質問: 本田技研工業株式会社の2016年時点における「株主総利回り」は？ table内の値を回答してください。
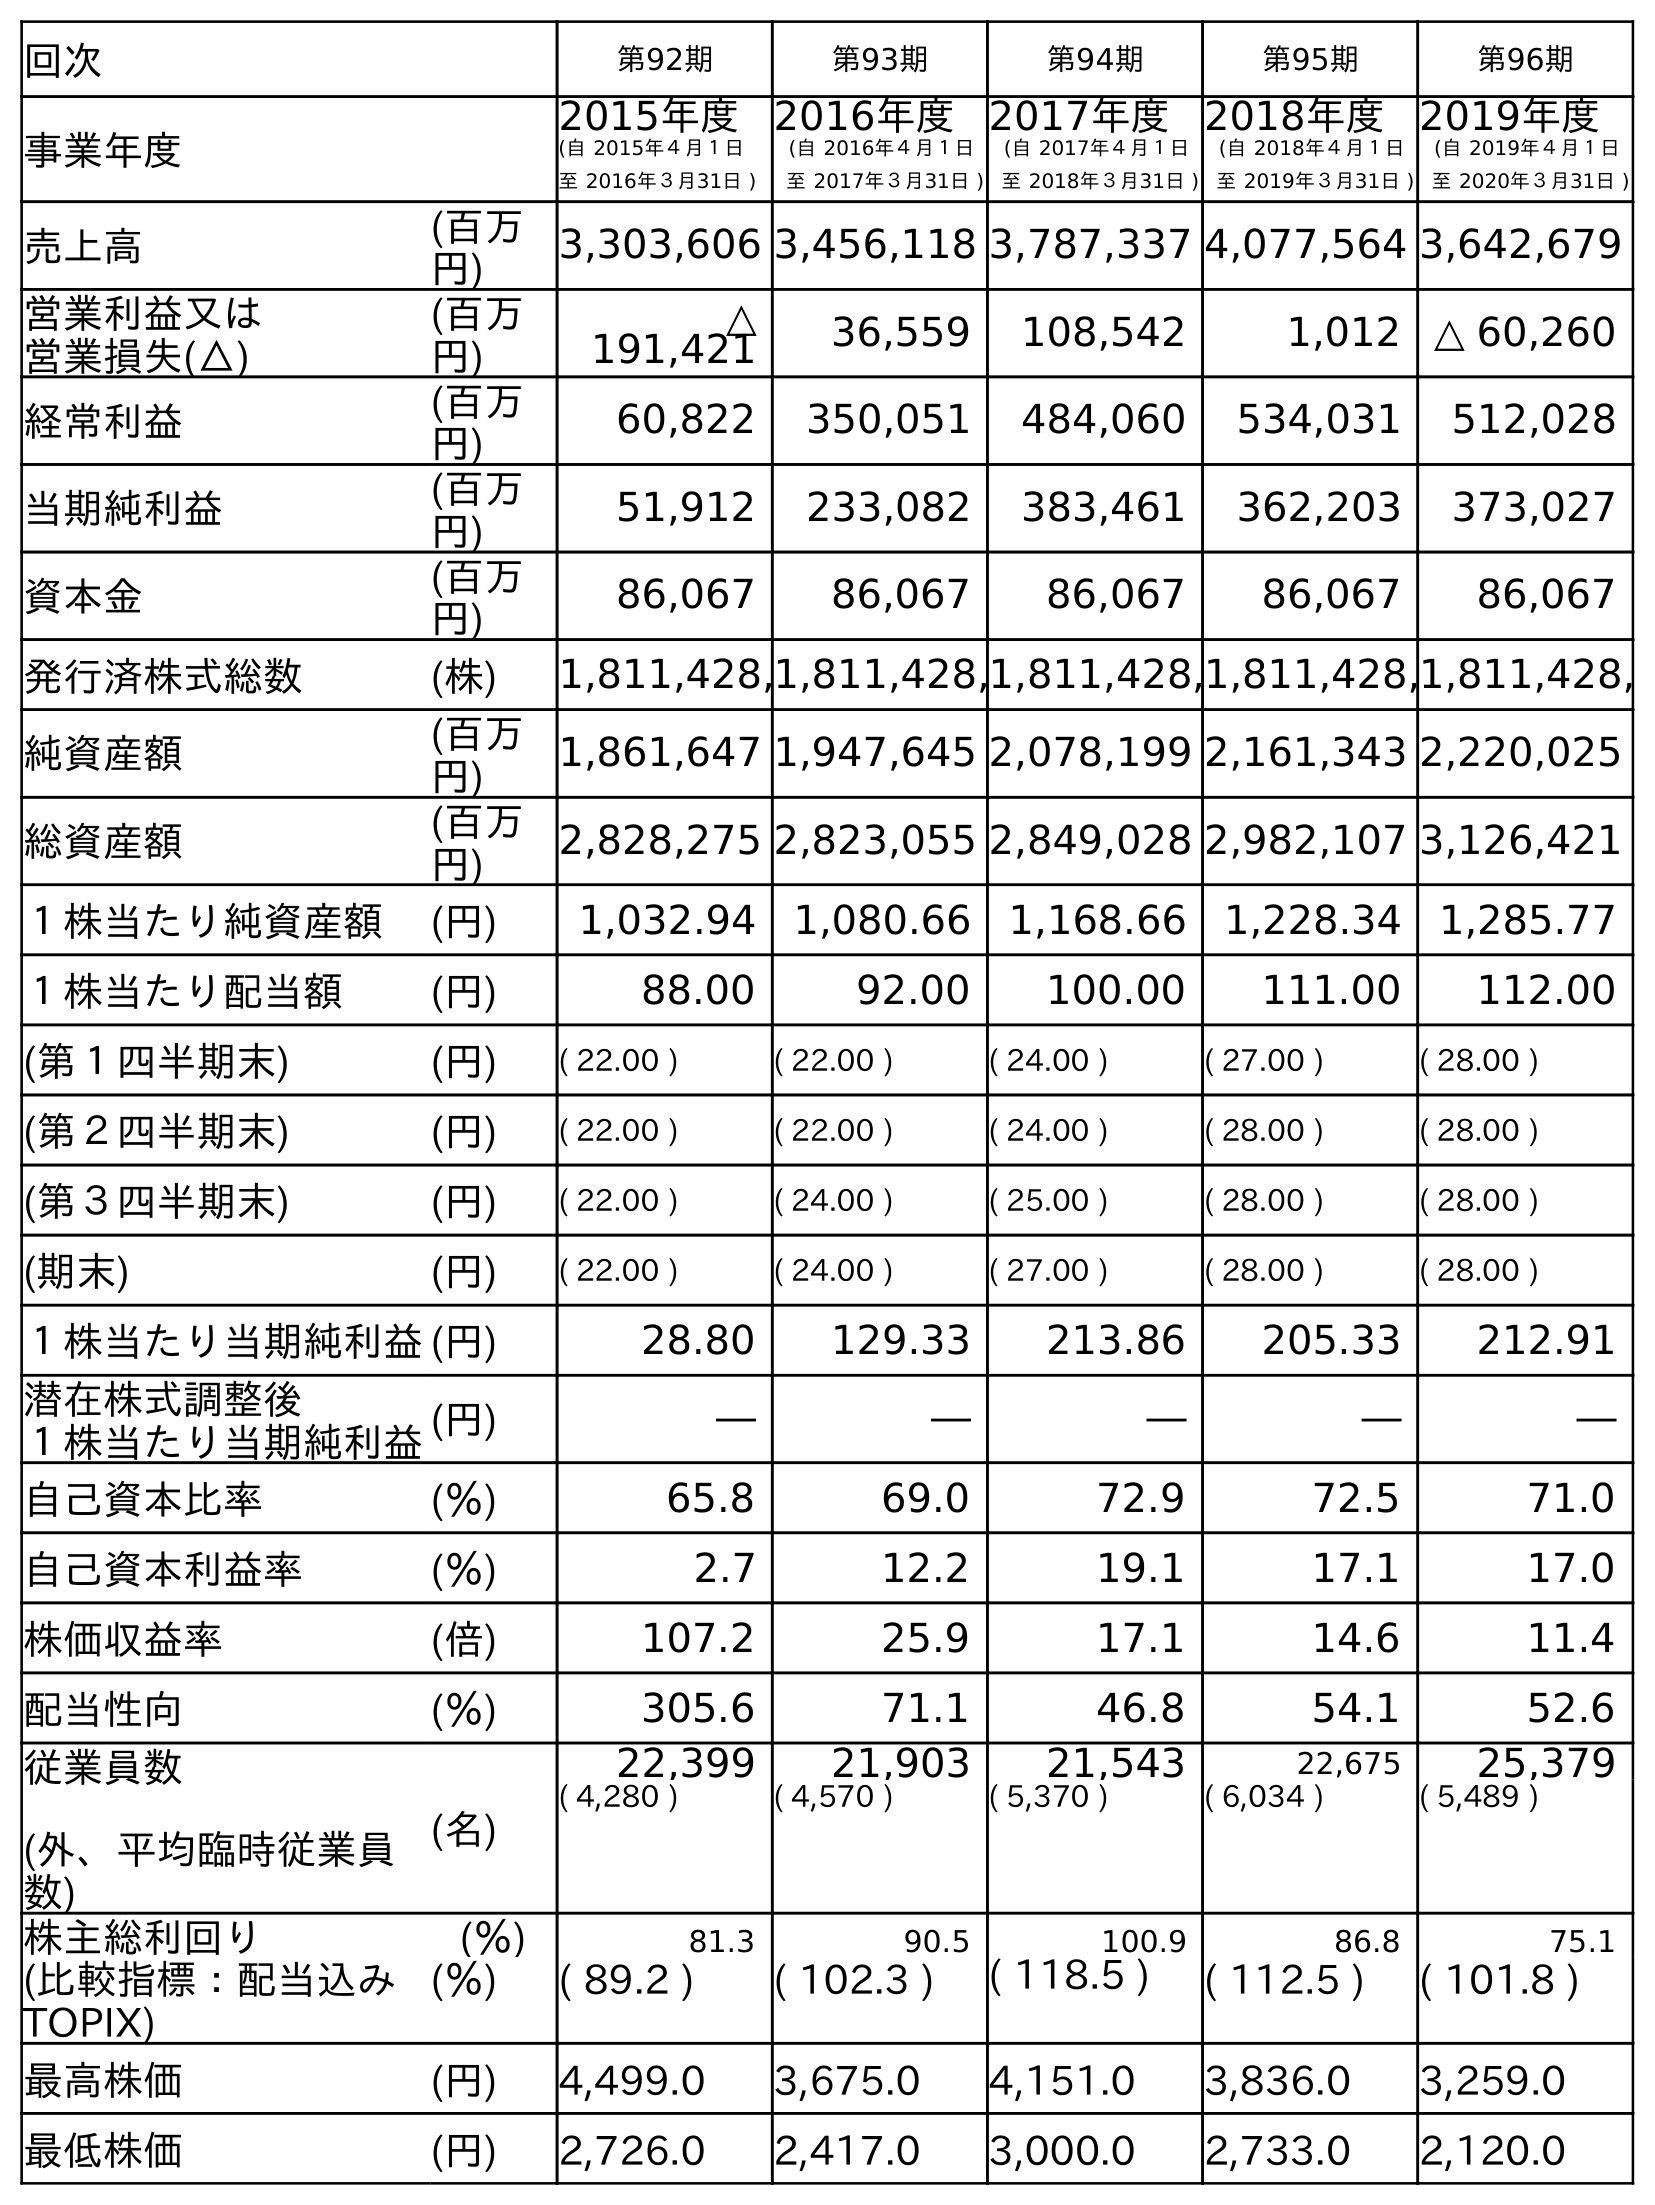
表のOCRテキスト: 回次 第92期 第93期 第94期 第95期 第96期 事業年度 2015年度 (自 2015年４月１日 至 2016年３月31日 ) 2016年度 (自 2016年４月１日 至 2017年３月31日 ) 2017年度 (自 2017年４月１日 至 2018年３月31日 ) 2018年度 (自 2018年４月１日 至 2019年３月31日 ) 2019年度 (自 2019年４月１日 至 2020年３月31日 ) 売上高 (百万 円) 3,303,606 3,456,118 3,787,337 4,077,564 3,642,679 営業利益又は 営業損失(△) (百万 円) △ 191,421 36,559 108,542 1,012 △ 60,260 経常利益 (百万 円) 60,822 350,051 484,060 534,031 512,028 当期純利益 (百万 円) 51,912 233,082 383,461 362,203 373,027 資本金 (百万 円) 86,067 86,067 86,067 86,067 86,067 発行済株式総数 (株) 1,811,428,1,811,428,1,811,428,1,811,428,1,811,428, 純資産額 (百万 円) 1,861,647 1,947,645 2,078,199 2,161,343 2,220,025 総資産額 (百万 円) 2,828,275 2,823,055 2,849,028 2,982,107 3,126,421 １株当たり純資産額 (円) 1,032.94 1,080.66 1,168.66 1,228.34 1,285.77 １株当たり配当額 (円) 88.00 92.00 100.00 111.00 112.00 (第１四半期末) (円) ( 22.00 ) ( 22.00 ) ( 24.00 ) ( 27.00 ) ( 28.00 ) (第２四半期末) (円) ( 22.00 ) ( 22.00 ) ( 24.00 ) ( 28.00 ) ( 28.00 ) (第３四半期末) (円) ( 22.00 ) ( 24.00 ) ( 25.00 ) ( 28.00 ) ( 28.00 ) (期末) (円) ( 22.00 ) ( 24.00 ) ( 27.00 ) ( 28.00 ) ( 28.00 ) １株当たり当期純利益(円) 28.80 129.33 213.86 205.33 212.91 潜在株式調整後 １株当たり当期純利益(円) ― ― ― ― ― 自己資本比率 (％) 65.8 69.0 72.9 72.5 71.0 自己資本利益率 (％) 2.7 12.2 19.1 17.1 17.0 株価収益率 (倍) 107.2 25.9 17.1 14.6 11.4 配当性向 (％) 305.6 71.1 46.8 54.1 52.6 従業員数 (外、平均臨時従業員 数) (名) 22,399 21,903 21,543 22,675 25,379 ( 4,280 ) ( 4,570 ) ( 5,370 ) ( 6,034 ) ( 5,489 ) 株主総利回り (％) 81.3 90.5 100.9 86.8 75.1 (比較指標：配当込み TOPIX) (％) ( 89.2 ) ( 102.3 ) ( 118.5 ) ( 112.5 ) ( 101.8 ) 最高株価 (円) 4,499.0 3,675.0 4,151.0 3,836.0 3,259.0 最低株価 (円) 2,726.0 2,417.0 3,000.0 2,733.0 2,120.0
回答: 81.3